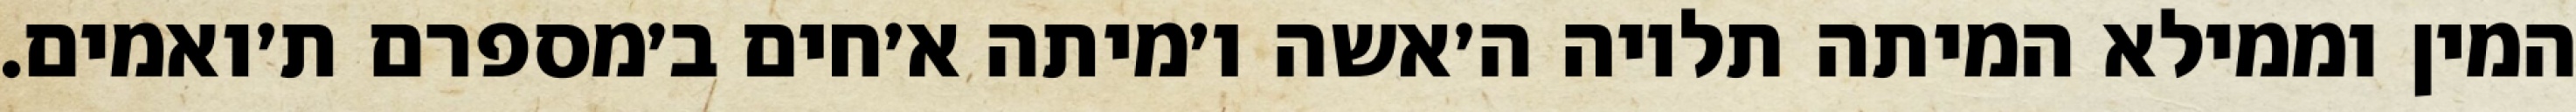
המין וממילא המיתה תלויה ה׳אשה ו׳מיתה א׳חים ב׳מספרם ת׳ואמים.